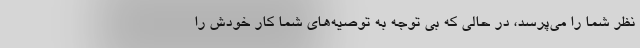
نظر شما را می‌پرسد، در حالی که بی توجه به توصیه‌های شما کار خودش را